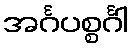
အင်္ဂပစ္စင်္ဂါ